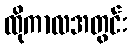
ထိုကာလအတွင်း